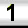
Digit: 1